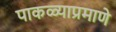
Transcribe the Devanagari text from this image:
पाकळ्याप्रमाणे